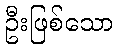
ဦးဖြစ်သော